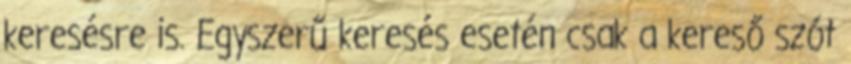
keresésre is. Egyszerű keresés esetén csak a kereső szót